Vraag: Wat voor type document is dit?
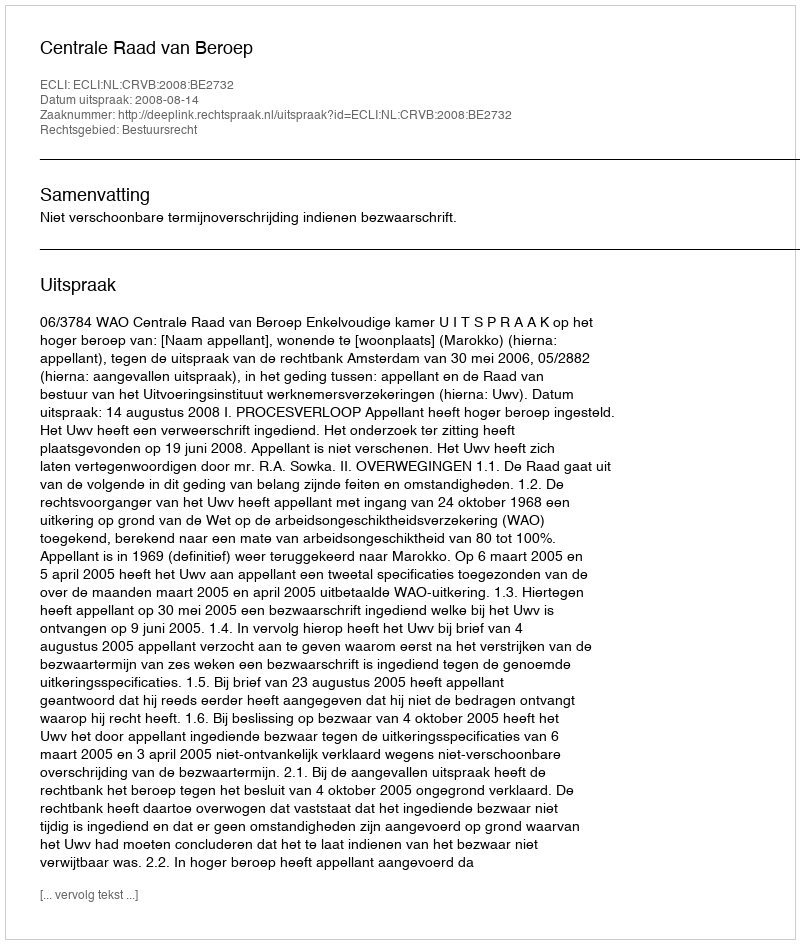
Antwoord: Uitspraak